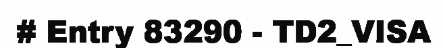
# Entry 83290 - TD2_VISA